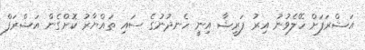
އަޝްރަފަށް ހޭލެވުނު އިރު ފަރީޝާ އިނީ ހެނދުނުގެ ސައި ތައްޔާރު ކޮށްގެން އަޝްރަފް